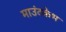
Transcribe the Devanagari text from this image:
माउंटकेभ